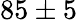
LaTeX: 85\pm 5